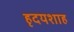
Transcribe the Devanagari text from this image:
हृदयशाह